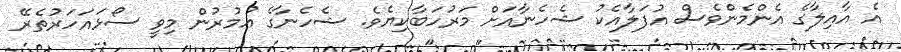
އެ އާއިލާގެ އެންމެންވެސް އުފަލާއެކު ޝެހެނާއަށް މަރުހަބާކިޔެވެ. ޝެހެނާގެ އުމުރުން މިވީ ސޯޅައަހަރުތެރޭ